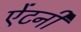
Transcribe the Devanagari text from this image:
ऐंटनी